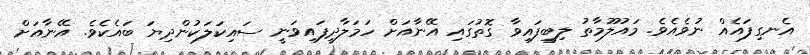
އެނގިފައެއް ނުވެއެވެ. މައުލޫމާތު ލިބިފައިވާ ގޮތުގައި އޭނާއަށް ހަމަލާދީފައިވަނީ ސައިކަލަކުންދިޔަ ބައެކެވެ. އޭނާއަށް